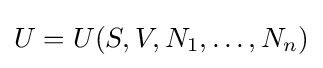
U=U(S,V,N_{1},\ldots ,N_{n})